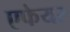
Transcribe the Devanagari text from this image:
एफेयर